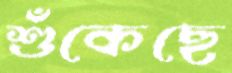
শুঁকেছে